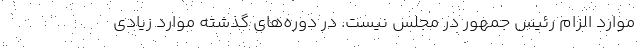
موارد الزام رئیس جمهور در مجلس نیست. در دوره‌های گذشته موارد زیادی